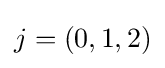
j=(0,1,2)